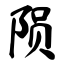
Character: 陨